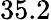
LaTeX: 35.2